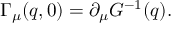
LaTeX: \Gamma _ { \mu } ( q , 0 ) = \partial _ { \mu } G ^ { - 1 } ( q ) .